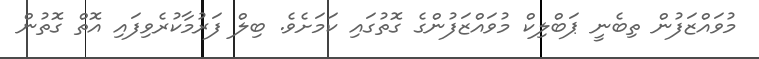
މުވައްޒަފުން ތިބެނީ ޕަބްލިކް މުވައްޒަފުންގެ ގޮތުގައި ކަމަށެވެ. ބިލް ފަރުމާކުރެވިފައި އޮތް ގޮތުން